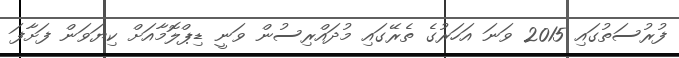
ފުރުސަތުގައި 2015 ވަަނަ އަހަރުގެ ތެރޭގައި މުދައްރިސުން ވަނީ ޑިޕްލޮމާއަށް ކިޔަވަން ފަށާފަ